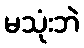
မသုံးဘဲ